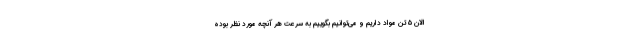
الان ۵ تن مواد داریم و می‌توانیم بگوییم به سرعت هر آنچه مورد نظر بوده